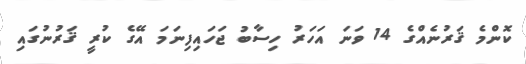
ކޮންމެ ޤަރުނެއްގެ 14 ވަނަ އަހަރު ހިސާބު ޖަހައިފިނަމަ އޭގެ ކުރީ ޤަރުނުގައި